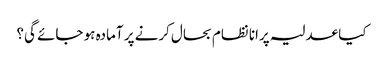
کیا عدلیہ پرانا نظام بحال کرنے پر آمادہ ہو جائے گی؟